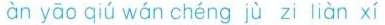
àn yāo qiú wán chéng jù zi liàn xí